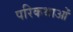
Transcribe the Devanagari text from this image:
परिकथाओं